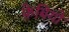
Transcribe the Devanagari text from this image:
फ़ेबियो